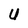
Character: U